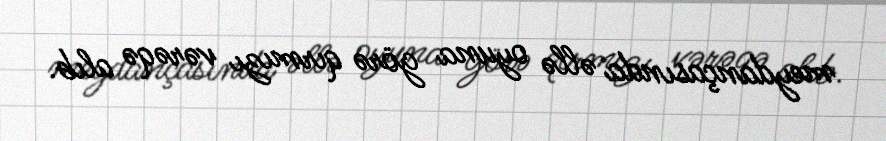
meydançasında əllə oyuna görə qırmızı vərəqə alıb.